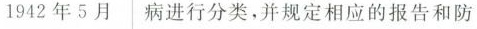
1942年5月病进行分类，并规定相应的报告和防